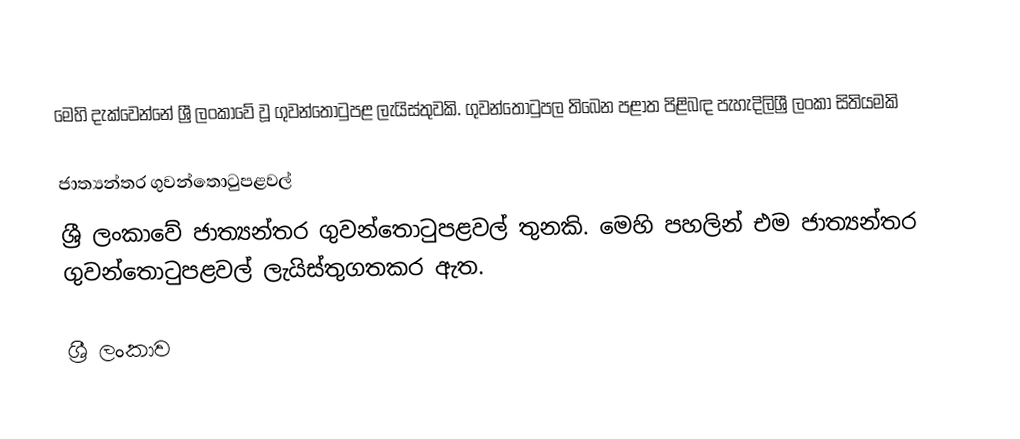
මෙහි දැක්වෙන්නේ ශ්‍රී ලංකාවේ වූ ගුවන්තොටුපළ ලැයිස්තුවකි. ගුවන්තොටුපල තිබෙන පළාත පිළිබඳ පැහැදිලිශ්‍රී ලංකා සිතියමකි

ජාත්‍යන්තර ගුවන්තොටුපළවල්
ශ්‍රී ලංකාවේ ජාත්‍යන්තර ගුවන්තොටුපළවල් තුනකි. මෙහි පහලින් එම ජාත්‍යන්තර ගුවන්තොටුපළවල් ලැයිස්තුගතකර ඇත.

ශ්‍රී ලංකාව